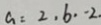
a = 2 , b = - 2